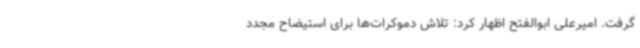
گرفت. امیرعلی ابوالفتح اظهار کرد: تلاش دموکرات‌ها برای استیضاح مجدد